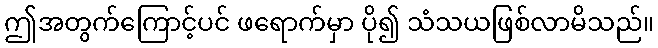
ဤအတွက်ကြောင့်ပင် ဖရောက်မှာ ပို၍ သံသယဖြစ်လာမိသည်။